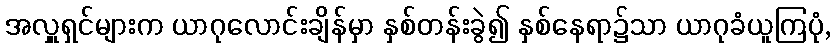
အလှူရှင်များက ယာဂုလောင်းချိန်မှာ နှစ်တန်းခွဲ၍ နှစ်နေရာ၌သာ ယာဂုခံယူကြပုံ,